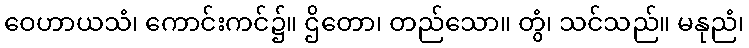
ဝေဟာယသံ၊ ကောင်းကင်၌။ ဌိတော၊ တည်သော။ တွံ၊ သင်သည်။ မနုညံ၊